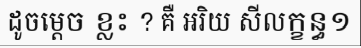
ដូចម្តេច ខ្លះ ? គឺ អរិយ សីលក្ខន្ធ១